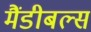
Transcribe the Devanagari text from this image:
मैंडीबल्स